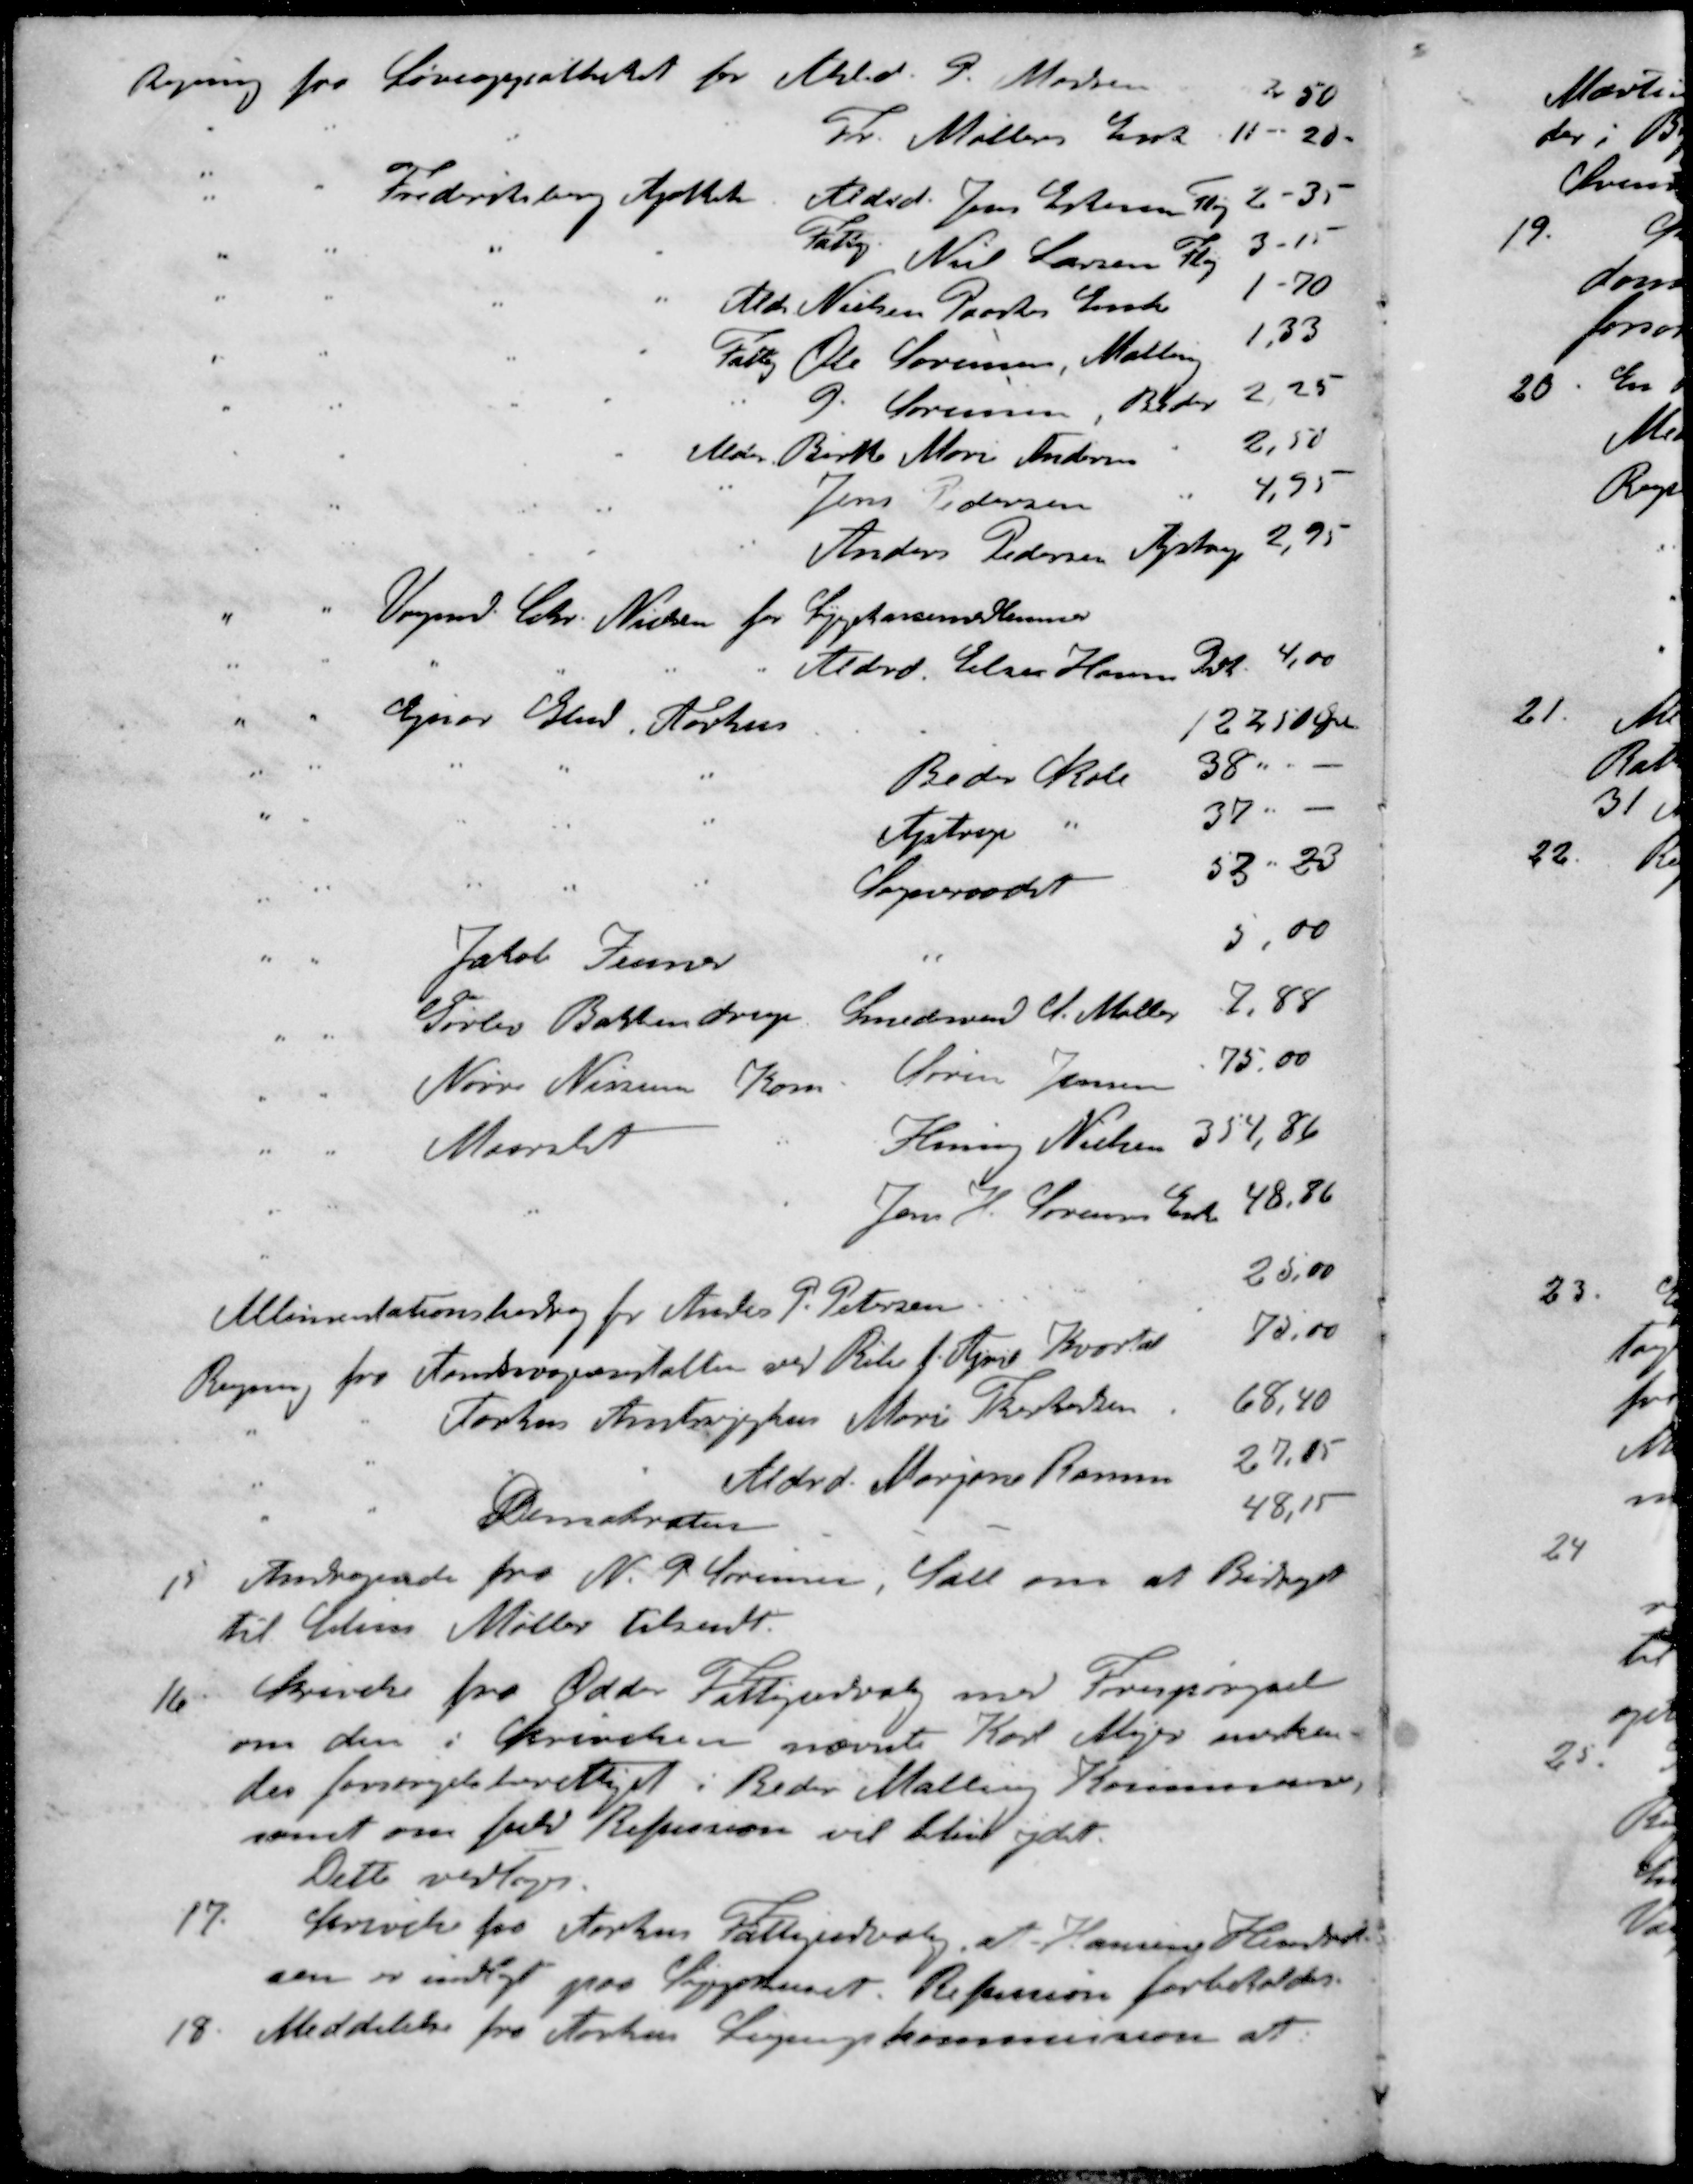
Transskription:
Regning fra Løveapotheket for Ald. P. Madsen 2 50
" " " " Fr. Møllers Enke 11 - 20
" " Frederiksberg Apothek. Alderd. Jens Petersen Fløj 2-35
" " " " Fattig Niels Larsen Fløj 3 -11
" " " " Ald. Nielsen Paaskes Enke 1 - 70
" " " " Fattig Ole Sørensen, Malling 1,33
" " " " " P Sørensen Beder 2,25
" " " " Ald. Birthe Marie Andersen " 2,50
" " " " " Jens Pedersen " 4,95
" " " " " Anders Pedersen Ajstrup 2,95
" " Vogmd. Chr. Nielsen for Sygekassemedlemmer
" " " " " " Alderd. Else Hansen Pedh 4,00
" " Ejnar Glud, Glud 122 50 Øre
" " " " " Beder Skole 38.
" " " " " Ajstrup " 37
" " " " " Sogneraadet 53 - 23
" " Jakob Zenner 5,00
" " Gørlev Bakkendrup Smedesvend S. Møller 7,88
" " Nørre Nissum Kom Søren Jensen 75,00
" " Maarslet " Henning Nielsen 354,86
" " " " Jens H. Sørensens Enk 48,86
Allimentationsbidrag for Ander P. Petersen 25,00
Regning fra Aandsvageanstalten ved Ribe f. April Kvartal 70,00
" " Aarhus Amtssygehus Marie Therkelsen 68,40
" " " " Alderd. Margine Rasmus 27,15
" " Demokraten 48,15
15. Andragende fra N. P. Sørensen, Sall om at Bidraget
til Stine Møller tilsendt.
16 Skrivelse fra Odder Fattigudvalg med Forespørgsel
om den i Skrivelsen nævnte Karl Mejer anerken-
der forsørgelsberettiget i Beder Malling Kommune,
samt om fuld Refussion vil blive ydet.
Dette vedtoges.
17. Skrivelse fra Aarhus Fattigudvalg, at Hansine Henrik-
sen er indlagt paa Sygehuset. Refusion forbeholdes.
18. Meddelelse fra Aarhus Ligningskommission at